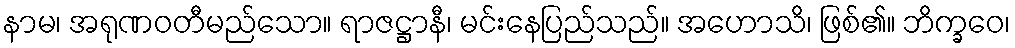
နာမ၊ အရုဏဝတီမည်သော။ ရာဇဋ္ဌာနီ၊ မင်းနေပြည်သည်။ အဟောသိ၊ ဖြစ်၏။ ဘိက္ခဝေ၊